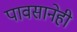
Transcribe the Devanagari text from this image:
पावसानेही